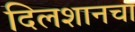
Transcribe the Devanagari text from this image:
दिलशानचा